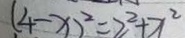
( 4 - x ) ^ { 2 } = 2 ^ { 2 } + x ^ { 2 }